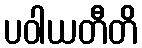
ပဝါယတီတိ